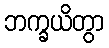
ဘက္ခယိတွာ